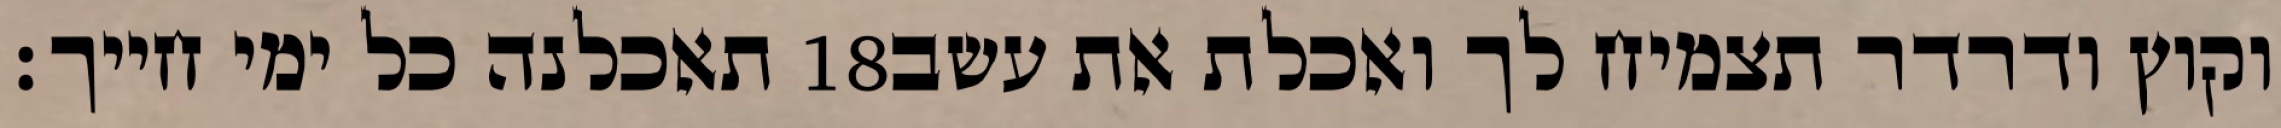
תאכלנה כל ימי חייך׃ ‎18‏ וקוץ ודרדר תצמיח לך ואכלת את עשב